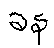
ခန